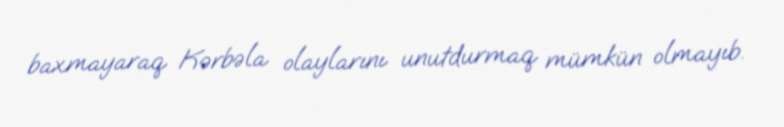
baxmayaraq Kərbəla olaylarını unutdurmaq mümkün olmayıb.